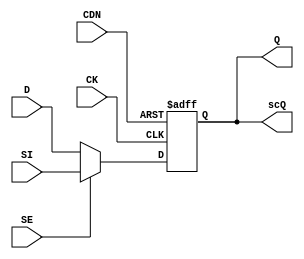
// This program was cloned from: https://github.com/chipsalliance/aib-phy-hardware
// License: Apache License 2.0

// SPDX-License-Identifier: Apache-2.0
// Copyright (C) 2019 Intel Corporation. 
// Library - aibcr3_lib, View - schematic
// `timescale 1ns / 1ns 

module aibcr3_svt16_scdffcdn_cust ( Q, scQ, 
     CDN, CK, D, SE, SI );

output  Q, scQ;

input  CDN, CK, D, SE, SI;

wire Q, net023, se_n, SI, D;
reg  scQ;

assign se_n = !SE;
assign Q = scQ;
assign net023 = se_n ? D : SI;

always@(posedge CK or negedge CDN) begin
        if (!CDN) begin
                scQ <= 1'b0;
        end
        else begin
                scQ <= net023;
        end
end

endmodule